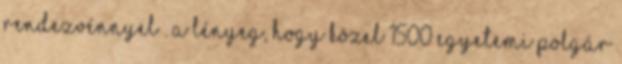
rendezvénnyel . A lényeg, hogy közel 1500 egyetemi polgár